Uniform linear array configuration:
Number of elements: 24
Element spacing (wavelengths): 0.25
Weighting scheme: blackman
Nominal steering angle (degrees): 15
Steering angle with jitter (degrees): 14.535
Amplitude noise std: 0.05
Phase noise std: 0.05

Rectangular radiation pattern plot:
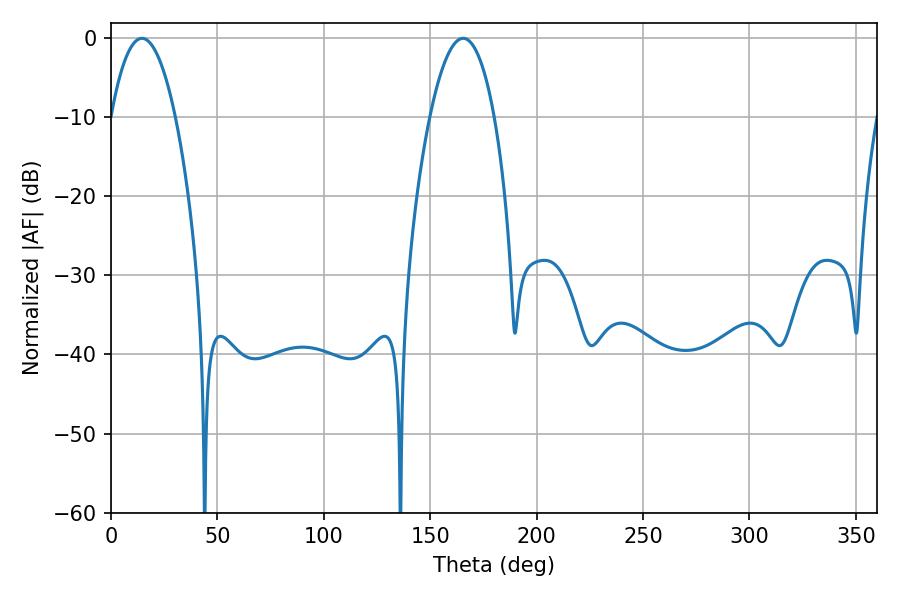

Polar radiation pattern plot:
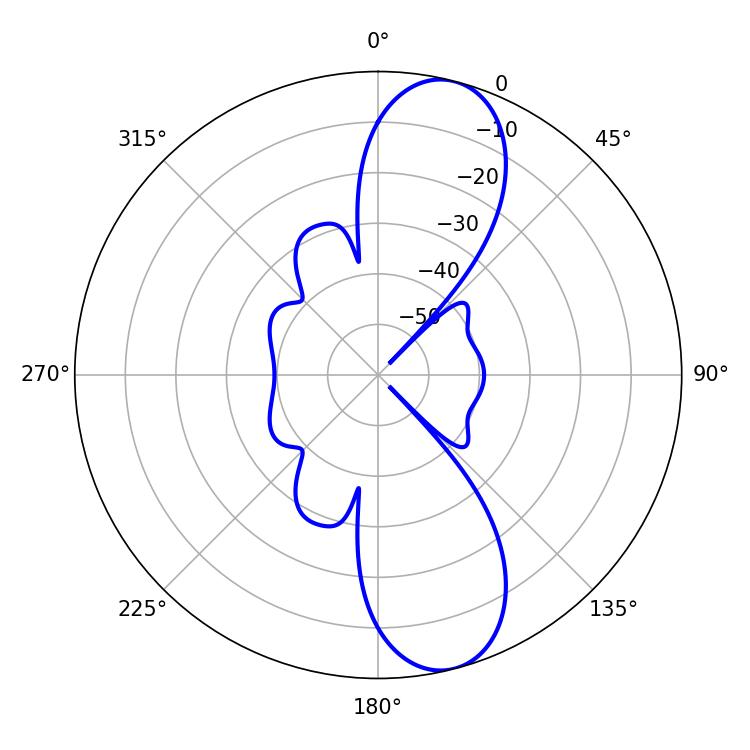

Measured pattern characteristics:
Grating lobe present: FALSE
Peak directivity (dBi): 11.01
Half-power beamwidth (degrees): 16.74
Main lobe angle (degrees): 14.58